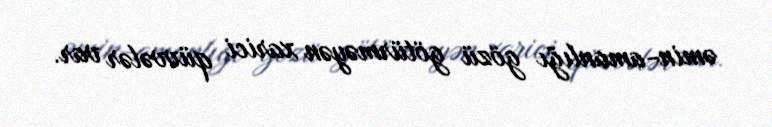
əmin-amanlığı gözü götürməyən xarici qüvvələr var.